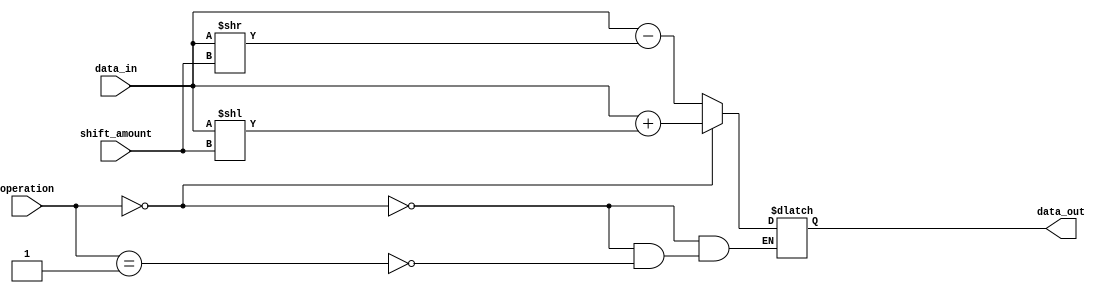
module Hybrid_Barrel_Shifter (
input [7:0] data_in,
input [2:0] shift_amount,
input [1:0] operation, // 00 for addition, 01 for subtraction
output [7:0] data_out
);

reg [7:0] temp_data;

always @(*) begin
if(operation == 2'b00) begin
temp_data = data_in + (data_in << shift_amount);
end else if(operation == 2'b01) begin
temp_data = data_in - (data_in >> shift_amount);
end
end

assign data_out = temp_data;

endmodule